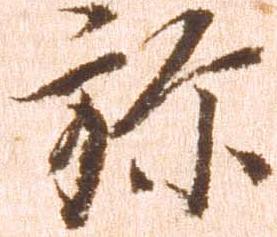
弥